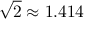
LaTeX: { \sqrt { 2 } } \approx 1 . 4 1 4